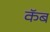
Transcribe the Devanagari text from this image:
कॅब